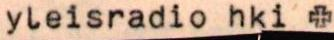
yleisradio hki +